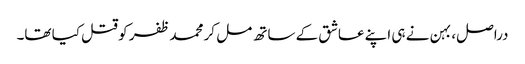
دراصل، بہن نے ہی اپنے عاشق کے ساتھ مل کر محمد ظفر کو قتل کیا تھا۔